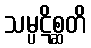
သမ္ပဋိစ္ဆတိ